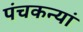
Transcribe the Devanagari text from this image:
पंचकन्यां